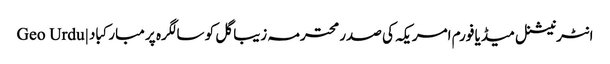
انٹرنیشنل میڈیا فورم امریکہ کی صدر محترمہ زیبا گل کو سالگرہ پر مبارکباد | Geo Urdu